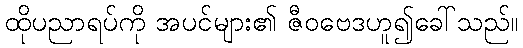
ထိုပညာရပ်ကို အပင်များ၏ ဇီဝဗေဒဟူ၍ခေါ်သည်။